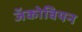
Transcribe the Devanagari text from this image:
जॅकोबियन